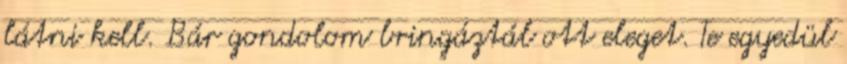
látni kell. Bár gondolom bringáztál ott eleget. Te egyedül